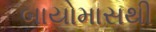
બાયોમાસથી